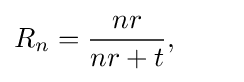
R_{n}={\frac {nr}{nr+t}},\qquad